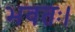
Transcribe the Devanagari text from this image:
भवतः।